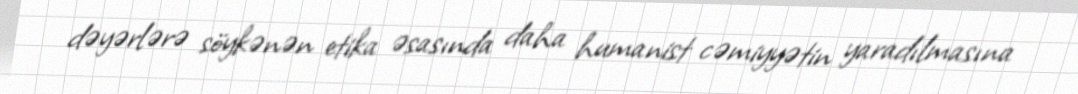
dəyərlərə söykənən etika əsasında daha humanist cəmiyyətin yaradılmasına